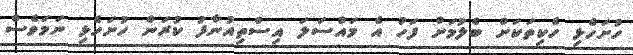
ހުށަހެޅި ހެކިތަކަށް ބެލުމަށް ފަހު އެ މައްސަލަ އިސްތިއުނާފު ކުރަން ހުށަހެޅި ނަމަވެސް